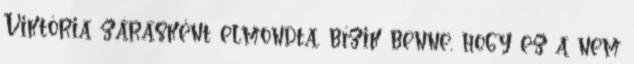
Viktória zárásként elmondta, bízik benne, hogy ez a nem